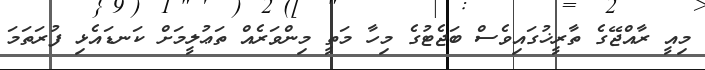
މިއީ ރާއްޖޭގެ ތާރީޚުގައިވެސް ބަޖެޓުގެ މިހާ މަތީ މިންވަރެއް ތަޢުލީމަށް ކަނޑައެޅި ފުރަތަމަ